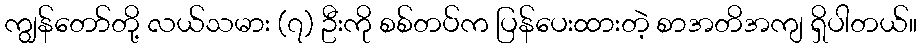
ကျွန်တော်တို့ လယ်သမား (၇) ဦးကို စစ်တပ်က ပြန်ပေးထားတဲ့ စာအတိအကျ ရှိပါတယ်။